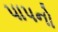
પાપનો